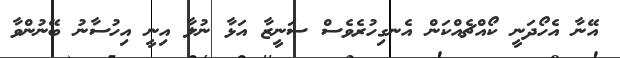
އޭނާ އެހޯދަނީ ކޯއްޗެއްކަން އެނގިހުރެވެސް ސަނީޒާ އަޅާ ނުލާ އިނީ އިހުސާނު ބޭނުންވާ